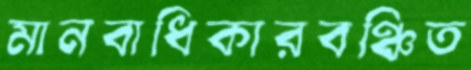
মানবাধিকারবঞ্চিত